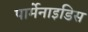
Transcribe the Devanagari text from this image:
पार्मेनाइडिस